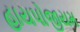
હાયપોજીયમ